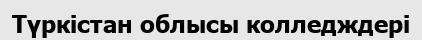
Түркістан облысы колледждері